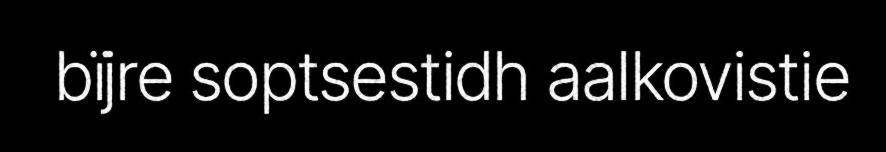
bïjre soptsestidh aalkovistie